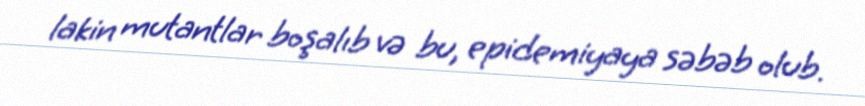
lakin mutantlar boşalıb və bu, epidemiyaya səbəb olub.